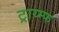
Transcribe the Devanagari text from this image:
ट्राय्म्फ